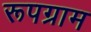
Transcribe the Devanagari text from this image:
रूपग्राम